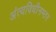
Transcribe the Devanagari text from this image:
अंत्यविधीनम्तर